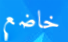
خاضع